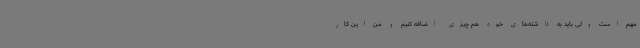
مهم است ولی باید به داشته‌های خود هم چیزی اضافه کنیم و من این کار